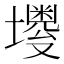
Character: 𪤫